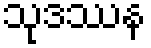
သုဒဿန